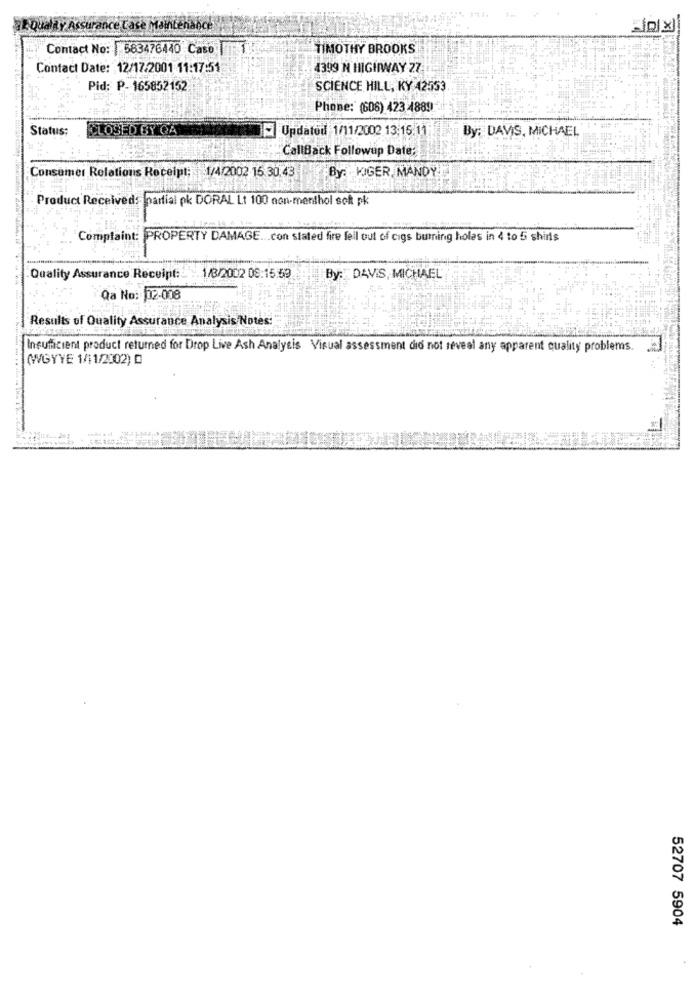
e Case Maintenan
Contact No: 583476440 Caso
TIMOTHY BROOKS
Contact Date: 12/17/2001 11:17:51
4399 N HIGHWAY 27
Pid: P- 165852152
SCIENCE HILL, KY 42553
Phone: (606) 423 4889
Status;
CLOSED BY QA
Updated 1/11/2002 13:15/11:
By: DAVIS, MICHAEL
CallBack Followup Date:
Consumer Relations Receipt; 1/4/2002 15.30.43
By: KIGER, MANDY
Product Receiveds partial pk DORAL Lt 100 non-menthol sokt pk
Complaint: PROPERTY DAMAGE ... con stated fire fell out of cigs burning holes in 4 to 5 shirts
Quality Assurance Receipt: > >
1/3/22002 08:15:59
By: DAVIS, MICHAEL
Qa No: 02-008
Results of Quality Assurance Analysis Notes:
Insufficient product returned for Drop Live Ash Analysis Visual assessment did not reveal any apparent quality problems.
(WGYYE 1/11/2002) O
52707 5904